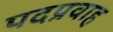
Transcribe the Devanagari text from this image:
पदप्रवाह